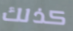
كذلك